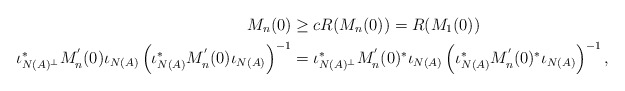
\begin{align*}M_{n}(0) & \geq cR(M_{n}(0))=R(M_{1}(0))\\\iota_{N(A)^\bot}^\ast M_{n}^{'}(0)\iota_{N(A)}\left(\iota_{N(A)}^\ast M_{n}^{'}(0)\iota_{N(A)}\right)^{-1} & =\iota_{N(A)^\bot}^\ast M_{n}^{'}(0)^{*}\iota_{N(A)}\left(\iota_{N(A)}^\ast M_{n}^{'}(0)^{*}\iota_{N(A)}\right)^{-1},\end{align*}